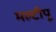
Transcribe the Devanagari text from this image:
मल्टीपू